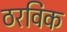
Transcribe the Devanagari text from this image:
ठरविक